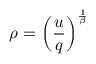
\rho = \left( \frac { u } { q } \right) ^ { \frac { 1 } { \beta } }